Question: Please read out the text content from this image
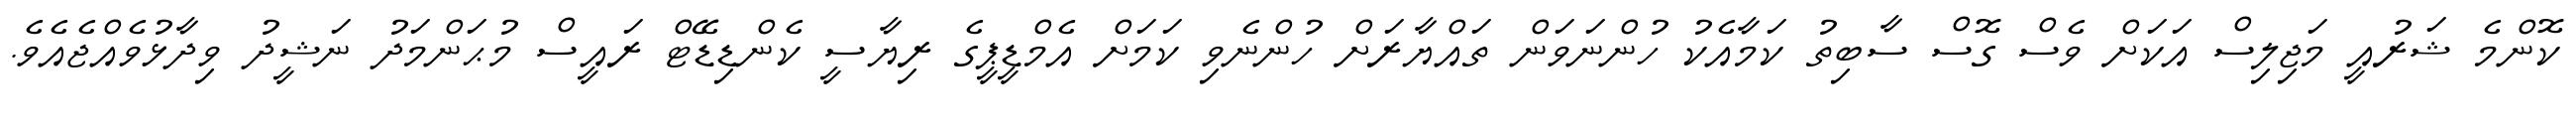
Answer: ކޮންމެ ޝަރުއީ މަޖިލިސް އަކަށް ވެސް ގޮސް ސާބިތު ކަމާއެކު ހުންނަވަން ތައްޔާރަށް ހުންނެވި ކަމަށް އެމްޑީޕީގެ ރިޔާސީ ކެންޑިޑޭޓް ރައީސް މުޙަންމަދު ނަޝީދު ވިދާޅުވެއްޖެއެވެ.